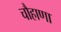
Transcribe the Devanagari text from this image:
चौहाणा